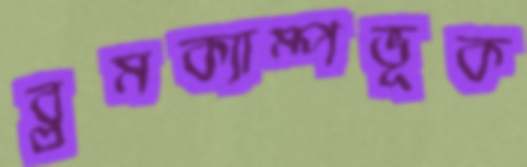
ব্লুমক্যাম্পভূক